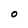
Character: O